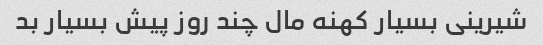
شیرینی بسیار کهنه مال چند روز پیش بسیار بد